Vital statistics of India. Vol. IV, Annual returns from 1871 to 1876. British Army of India, Native Army and jails of Bengal
Year: 1871
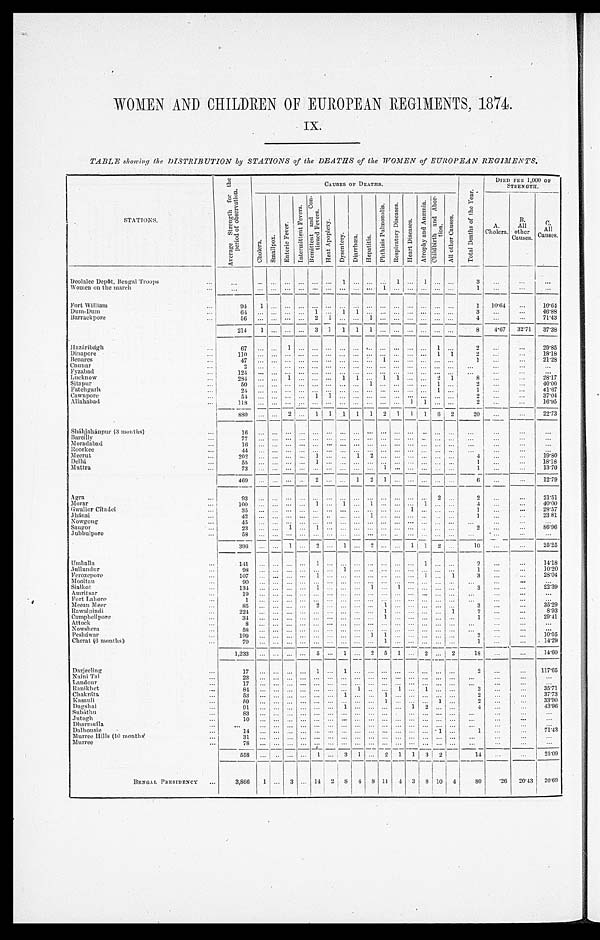
WOMEN AND CHILDREN OF EUROPEAN REGIMENTS, 1874.
IX.
TABLE showing the DISTRIBUTION by STATIONS of the DEATHS of the WOMEN of EUROPEAN REGIMENTS .
S T A T I O N S .
A v e r a g e
S t r e n g t h f o r t h e p e r i o d o f o b s e r v a t i o n .
CAUSES OF DEATHS.
T o t a l D e a t h s o f t h e Y e a r .
DIED PER 1,000 OF
STRENGTH.
C h o l e r a .
S m a l l p o x .
E n t e r i c F e v e r .
I n t e r m i t t e n t F e v e r s .
R e m i t t e n t a n d C o n - t i n u e d F e v e r s .
H e a t A p o p l e x y .
D y s e n t e r y .
D i a r r h œ a .
H e p a t i t i s .
P h t h i s i s P u l m o n a l i s .
R e s p i r a t o r y D i s e a s e s .
H e a r t D i s e a s e s .
A t r o p h y a n d A n æ m i a .
C h i l d b i r t h a n d A b o r - t i o n .
A l l o t h e r C a u s e s .
A.
Cholera.
B. A l l
other
Causes.
C.
A l l
Causes.
Deolalee Depôt, Bengal Troops . . .
. . .
. . .
. . .
. . .
. . .
. . .
. . .
1
. . .
. . .
. . .
1
. . .
1
. . .
. . .
3
. . .
. . .
. . .
Women on the march . . .
. . . . . .
. . .
. . .
. . .
. . .
. . .
. . .
. . .
. . .
1
. . .. . .
. . .
. . .
. . .
1
. . .
. . .
. . .
F o r t W i l l i a m . . .
9 4
1
. . .
. . .
. . .
. . .
. . .
. . .
. . .
. . .
. . .
. . . . . .
. . .
. . .
. . .
1
10.64
. . .
10.64
Dum-Dum . . .
64
. . . . . .
. . .
. . . 1
. . .
1
1
. . .
. . .
. . . . . .
. . .
. . .
. . .
3
. . .
. . .
46.88
Barrackpore . . .
56
. . .
. . .
. . .
. . .
2
1
. . .
. . .
1 . . .
. . .. . .
. . .
. . .
. . .
4
. . .
. . . 71.43
214
1
. . .
. . .
. . .
3
1
1
1
1 . . .
. . .. . .
. . .
. . .
. . .
8
4.67
32.71
37.38
Hazáribágh . . .
6 7
. . .
. . .
1
. . .
. . .
. . .
. . .
. . .
. . . . . .
. . .. . .
. . .
1
. . .
2
. . .
. . . 29.85
18.18
Dinapore . . .
110
. . . . . .
. . .
. . .
. . .
. . .
. . .
. . .
. . .
. . .
. . . . . .
. . .
1
1
2 . . .
. . .
21.28
Benares . . .
4 7
. . .
. . .
. . .
. . .
. . .
. . .
. . .
. . .
. . .
1
. . . . . .
. . .
. . .
. . .
1
. . .
. . .
. . .
Chunar . . .
2
. . .
. . .
. . .
. . .
. . .
. . .
. . .
. . .
. . .
. . .
. . . . . .
. . . . . .
. . .
. . .
. . .
. . .
Fyzabad . . .
1 2 4
. . .
. . .
. . .
. . .
. . .
. . .
. . .
. . .
. . .
. . .
. . .. . .
. . .
. . .
. . .
. . .
. . .
. . .
. . .
28.17
Lucknow . . .
2 8 4
. . .
. . .
1
. . .
. . .
. . . 1
1
. . . 1
1 . . .
. . .
2
1
8
. . .
. . .
40.00
Sitapur . . .
5 0
. . .
. . .
. . .
. . .
. . .
. . .
. . .
. . .
1
. . .
. . . . . .
. . .
1
. . .
2
. . .
. . .
41.67
Fatehgarh . . .
24
. . .
. . .
. . .
. . .
. . .
. . .
. . .
. . .
. . .
. . .
. . . . . .
. . .
1
. . .
1
. . .
. . .
37.04
Cawnpore . . .
54
. . . . . .
. . .
. . . 1
1
. . . . . .
. . .
. . .
. . .. . .
. . .
. . .
. . .
2
. . .
. . .
16.95
Allahabad . . .
1 1 8
. . .
. . .
. . .
. . .
. . .
. . .
. . .
. . .
. . .
. . .
. . .
1
1 . . .
. . .
2 . . .
. . .
22.73
880
. . .
. . . 2
. . .
1
1
1
1
1
2
1
1 1
6
2
20
. . . . . .
Sháhjahánpur (3 months) . . .
16
. . .
. . .
. . .
. . .
. . .
. . .
. . .
. . .
. . .
. . . . . .
. . .
. . . . . .
. . .
. . .
. . .
. . .
. . .
Bareilly . . .
7 7
. . .
. . .
. . .. . .
. . .
. . .
. . .
. . .
. . .
. . . . . .
. . . . . . . . . . . .
. . . . . .
. . .
. . .
Moradabad . . .
1 6
. . .
. . .
. . .. . .
. . .
. . .
. . .
. . .
. . .
. . . . . .
. . . . . . . . . . . .
. . . . . .
. . .
. . .
Roorkee . . .
4 4
. . .
. . .
. . .. . .
. . .
. . .
. . .
. . .
. . .
. . . . . .
. . . . . . . . . . . .
. . . . . .
. . .
. . .
19.80
Meerut . . .
2 0 2
. . .
. . .
. . .. . .
1
. . .
. . .
1
2
. . . . . .
. . . . . . . . . . . .
4 . . .
. . .
18.18
Delhi
.
.
.
5 5
. . .
. . .
. . .. . .
1
. . .
. . .
. . .
. . .
. . . . . .
. . . . . . . . . . . .
1
. . .
. . .
13.70
Muttra . . .
73
. . .
. . .
. . .
. . .
. . .
. . .
. . .
. . .
. . .1
. . .
. . .
. . . . . . . . .
1
. . .
. . .
12.79
469
. . .
. . .
. . . . . .
2
. . .
. . . 1
2
1
. . . . . . . . . . . . . . .
6 . . .
. . .
Agra
.
.
.
93
. . .
. . .
. . .
. . .
. . .
. . .
. . .
. . .. . .
. . .
. . .
. . . . . .
2 . . .
2. . .
. . .
21.51
40.00
Morar . . .
100
. . . . . .
. . . . . .
1
. . . 1
. . .
1
. . .
. . .
. . . 1
. . .. . .
4. . .
. . .
28.57
Gwalior Citadel . . .
35
. . . . . .
. . . . . .
. . .
. . .
. . .
. . .
. . .
. . .
. . . 1 . . .
. . .. . .
1 . . .
. . .
23 81
Jhánsi
.
.
.
4 2
. . .. . .
. . .. . .
. . .
. . .
. . .
. . .
1
. . .
. . .
. . . . . .
. . .. . .
1
. . .
. . .
Nowgong . . .
4 5
. . .. . .
. . . . . .
. . .
. . .
. . .
. . .
. . .
. . .
. . .
. . . . . . . . . . . .
. . .
. . .
. . .
. . .
86.96
Saugor . . .
23
. . . . . .
1 . . .
1
. . .
. . .
. . .
. . .
. . .
. . .
. . . . . . . . . . . .
2
. . .
. . .
Jubbulpore . . .
58
. . . . . .
. . . . . .
. . .
. . .
. . .
. . .
. . .
. . . . . .
. . . . . . . . . . . .
. . .
. . .
. . .
. . .
396
. . . . . .
1 . . .
2
. . .
1
. . .
2 . . .
. . .
1
1
2 . . . 10
. . .
. . .
25.25
Umballa . . .
141
. . .
. . .
. . . . . .
1
. . .
. . .
. . .
. . .
. . .
. . .
. . . 1
. . .. . . 2
. . .
. . .
14.18
10.20
Jullundur . . .
98
. . . . . .
. . . . . .
. . .
. . . 1
. . .
. . .
. . .
. . .
. . . . . . . . . . . .
1
. . .
. . .
28.04
Ferozepore . . .
107
. . . . . .
. . . . . .
1
. . .
. . .
. . .
. . .
. . .
. . .
. . . 1 . . .
1
3
. . .
. . .
Mooltan . . .
90
. . . . . .
. . . . . .
. . .
. . .
. . .
. . .
. . .
. . .
. . .
. . . . . .. . .
. . .
. . .
. . .
. . .
. . .
22.39
Sialkot . . .
134
. . . . . .
. . . . . .
1
. . .
. . .
. . .
1
. . .
1
. . . . . . . . . . . .
3 . . .
. . .
Amritsar . . .
1 9
. . .. . .
. . .. . .
. . .
. . .
. . .
. . .
. . .
. . .
. . .
. . . . . . . . . . . .
. . .
. . .
. . .
. . .
Fort Lahore . . .
1
. . . . . .
. . . . . .
. . .
. . .
. . .
. . .
. . .
. . .
. . .
. . . . . . . . . . . .
. . .
. . .
. . .
. . .
35.29
Meean Meer . . .
85
. . . . . .
. . . . . .
2
. . .
. . .
. . .
. . .
1
. . .
. . . . . . . . . . . .
3
. . .
. . .
8.93
Rawal pindi . . .
2 2 4
. . . . . .
. . . . . .
. . .
. . .
. . .
. . .
. . .
1
. . .
. . . . . . . . .
1
2
. . .
. . .
29.41
Campbellpore . . .
34
. . . . . .
. . . . . .
. . .
. . .
. . .
. . .
. . . 1
. . .
. . .. . . . . .
. . .
1 . . .
. . .
. . .
A t t o c k . . .
8
. . .. . .
. . .. . .
. . .
. . .
. . .
. . .
. . .
. . .
. . .
. . .. . . . . .
. . .
. . .
. . .
. . .
Nowshera . . .
5 8
. . . . . .
. . . . . .
. . .
. . .
. . .
. . .
. . .
. . .
. . .
. . . . . . . . . . . .
. . .
. . .
. . .
. . .
10.05
Pesháwar . . .
1 9 9
. . .. . .
. . .. . .
. . .
. . .
. . .
. . .
1
1
. . .
. . .. . . . . . . . .
2 . . .
. . .
14.29
Cherat (6 months) . . .
7 0
. . .. . .
. . .. . .
. . .
. . .
. . .
. . .
. . .
1
. . .
. . .. . . . . . . . .
1
. . .
. . .
1 , 2 3 3
. . .. . .
. . .. . .
5
. . . 1
. . . 2
5
1
. . . 2 . . .
2
18
. . .
. . .
14.60
Darjeeling . . .
17
. . .
. . .
. . .
. . .
1
. . . 1
. . .
. . .
. . .
. . .
. . .
. . .
. . .
. . . 2
. . .
. . .
117.65
N a i n i T a l . . .
23
. . .
. . .
. . .
. . .
. . .
. . .
. . .
. . .
. . .
. . .
. . .
. . .
. . . . . .
. . .
. . . . . .
. . .
. . .
Landour . . .
1 7
. . .
. . .
. . .
. . .
. . .
. . .
. . .
. . .
. . .
. . .
. . .
. . .
. . .
. . .
. . .
. . .
. . .
. . .
. . .
Ranikhet . . .
84
. . .
. . .
. . .
. . .
. . .
. . .
. . . 1
. . .
. . .
1
. . . 1
. . .
. . .
3 . . .
. . .
35.71
Chakráta . . .
5 3
. . .
. . .
. . .
. . .
. . .
. . .
1
. . .
. . .
1
. . .
. . . . . . . . .
. . .
2 . . .
. . . 37.73
Kasauli . . .
5 9
. . .
. . .
. . .
. . .
. . .
. . .
. . .
. . .
. . .
1
. . .
. . . . . . 1
. . .
2
. . .
. . .
33.90
Dagshai . . .
91
. . .
. . .
. . .
. . .
. . .
. . .
1
. . .
. . .
. . .
. . .
1 2
. . .
. . .
4
. . .
. . . 43.96
Subáthu . . .
8 3
. . .
. . .
. . .
. . .
. . .
. . .
. . .
. . .
. . .
. . .
. . .
. . .
. . .
. . .
. . .
. . . . . .
. . .
. . .
Jutogh . . .
10
. . .
. . .
. . .
. . .
. . .
. . .
. . .
. . .
. . .
. . .
. . .
. . .
. . .
. . .
. . .
. . .
. . .
. . .
. . .
Dharmsála . . .
. . .
. . .
. . .
. . .
. . .
. . .
. . .
. . .
. . .
. . .
. . .
. . .
. . . . . . . . .
. . .
. . .
. . .
. . .
. . .
Dalhousie . . .
1 4
. . .
. . .
. . .
. . .
. . .
. . .
. . .
. . .
. . .
. . .
. . .
. . .
. . . 1
. . .
1
. . .
. . .
71.43
Murree Hills (10 months) . . .
3 1
. . .
. . .
. . .
. . .
. . .
. . .
. . .
. . .
. . .
. . .
. . .
. . .
. . .
. . .
. . .
. . . . . .
. . .
. . .
Murree . . .
7 8
. . .
. . .
. . .
. . .
. . .
. . .
. . .
. . .
. . .
. . .
. . .
. . .
. . .
. . .
. . .
. . .
. . .
. . .
. . .
558
. . .
. . .
. . .
. . . 1
. . . 3
1
. . . 2
1
1
3
2 . . .
14 . . .
. . .
25.09
BENGAL PRESIDENCY . . .
3,866
1
. . . 3
. . . 14
2
8
4 8 11
4
3
8 10
4
8 0
.26
20.43
20.69